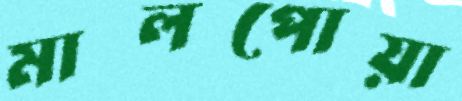
মালপোয়া